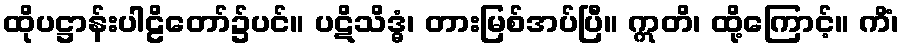
ထိုပဋ္ဌာန်းပါဠိတော်၌ပင်။ ပဋိသိဒ္ဓံ၊ တားမြစ်အပ်ပြီ။ ဣတိ၊ ထို့ကြောင့်။ ကိံ၊